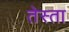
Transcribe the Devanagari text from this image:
तेस्ता